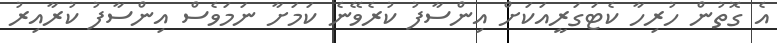
އެ ގޮތުން ހުރިހާ ކެޓަގަރީއަކަށް އިންސާފު ކުރެވޭނެ ކަމަށާ ނަމަވެސް އިންސާފު ކުރާއިރު